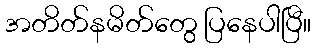
အတိတ်နမိတ်တွေ ပြနေပါပြီ။